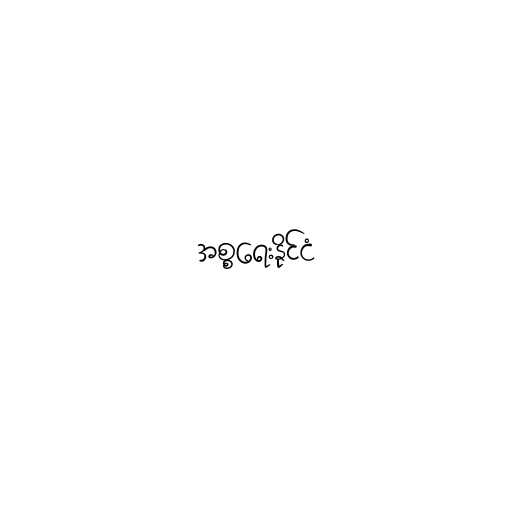
အစ္စရေးနိုင်ငံ